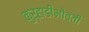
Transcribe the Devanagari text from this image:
कुर्‍हाडीभोवती